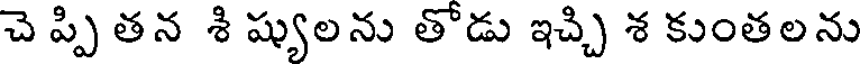
చె ప్పి తన శి ష్యులను తోడు ఇచ్చి శ కుంతలను